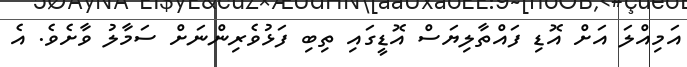
އަމިއްލަ އަށް އޮޑި ފައްތާލިޔަސް އޮޑީގައި ތިބި ފަޅުވެރިންނަށް ސަމާލު ވާށެވެ. އެ